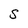
Character: S